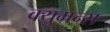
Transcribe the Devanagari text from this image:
क्युमन्स